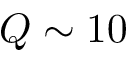
Q \sim 1 0